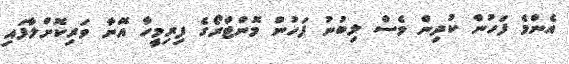
އެންމެ ފަހުން ކުދިން ވެސް ލިބުނު ފަހުން މޮންޓްރޯގެ ފިރިމީހާ އޭނާ ވަރިކޮށްލާފައި